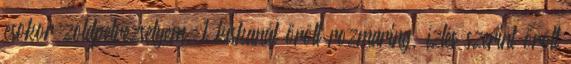
csokor zöldpetrezselyem, 1 kiskanál őrölt rozmaring, ízlés szerint őrölt